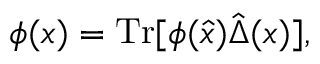
\phi ( x ) = \mathrm { T r } [ \phi ( \hat { x } ) \hat { \Delta } ( x ) ] ,